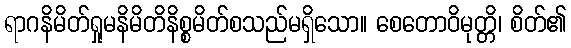
ရာဂနိမိတ်ရှုမနိမိတိနိစ္စမိတ်စသည်မရှိသော။ စေတောဝိမုတ္တိ၊ စိတ်၏